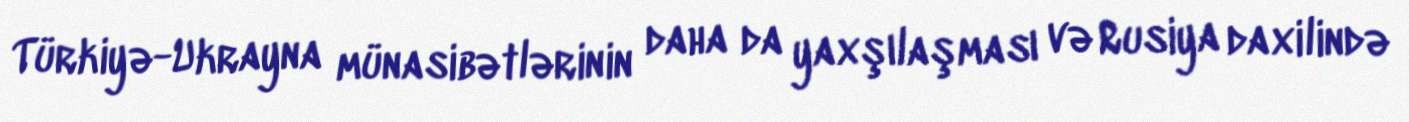
Türkiyə-Ukrayna münasibətlərinin daha da yaxşılaşması və Rusiya daxilində